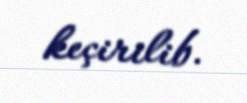
keçirilib.